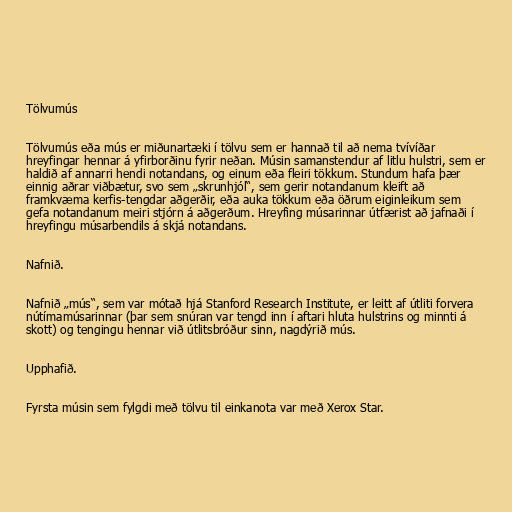
Tölvumús

Tölvumús eða mús er miðunartæki í tölvu sem er hannað til að nema tvívíðar
hreyfingar hennar á yfirborðinu fyrir neðan. Músin samanstendur af litlu hulstri, sem er
haldið af annarri hendi notandans, og einum eða fleiri tökkum. Stundum hafa þær
einnig aðrar viðbætur, svo sem „skrunhjól“, sem gerir notandanum kleift að
framkvæma kerfis-tengdar aðgerðir, eða auka tökkum eða öðrum eiginleikum sem
gefa notandanum meiri stjórn á aðgerðum. Hreyfing músarinnar útfærist að jafnaði í
hreyfingu músarbendils á skjá notandans.

Nafnið.

Nafnið „mús“, sem var mótað hjá Stanford Research Institute, er leitt af útliti forvera
nútímamúsarinnar (þar sem snúran var tengd inn í aftari hluta hulstrins og minnti á
skott) og tengingu hennar við útlitsbróður sinn, nagdýrið mús.

Upphafið.

Fyrsta músin sem fylgdi með tölvu til einkanota var með Xerox Star.